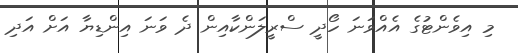
މި އިވެންޓުގެ އެއްވަނަ ހޯދީ ސްރީލަންކާއިން ދެ ވަނަ އިންޑިޔާ އަށް އަދި